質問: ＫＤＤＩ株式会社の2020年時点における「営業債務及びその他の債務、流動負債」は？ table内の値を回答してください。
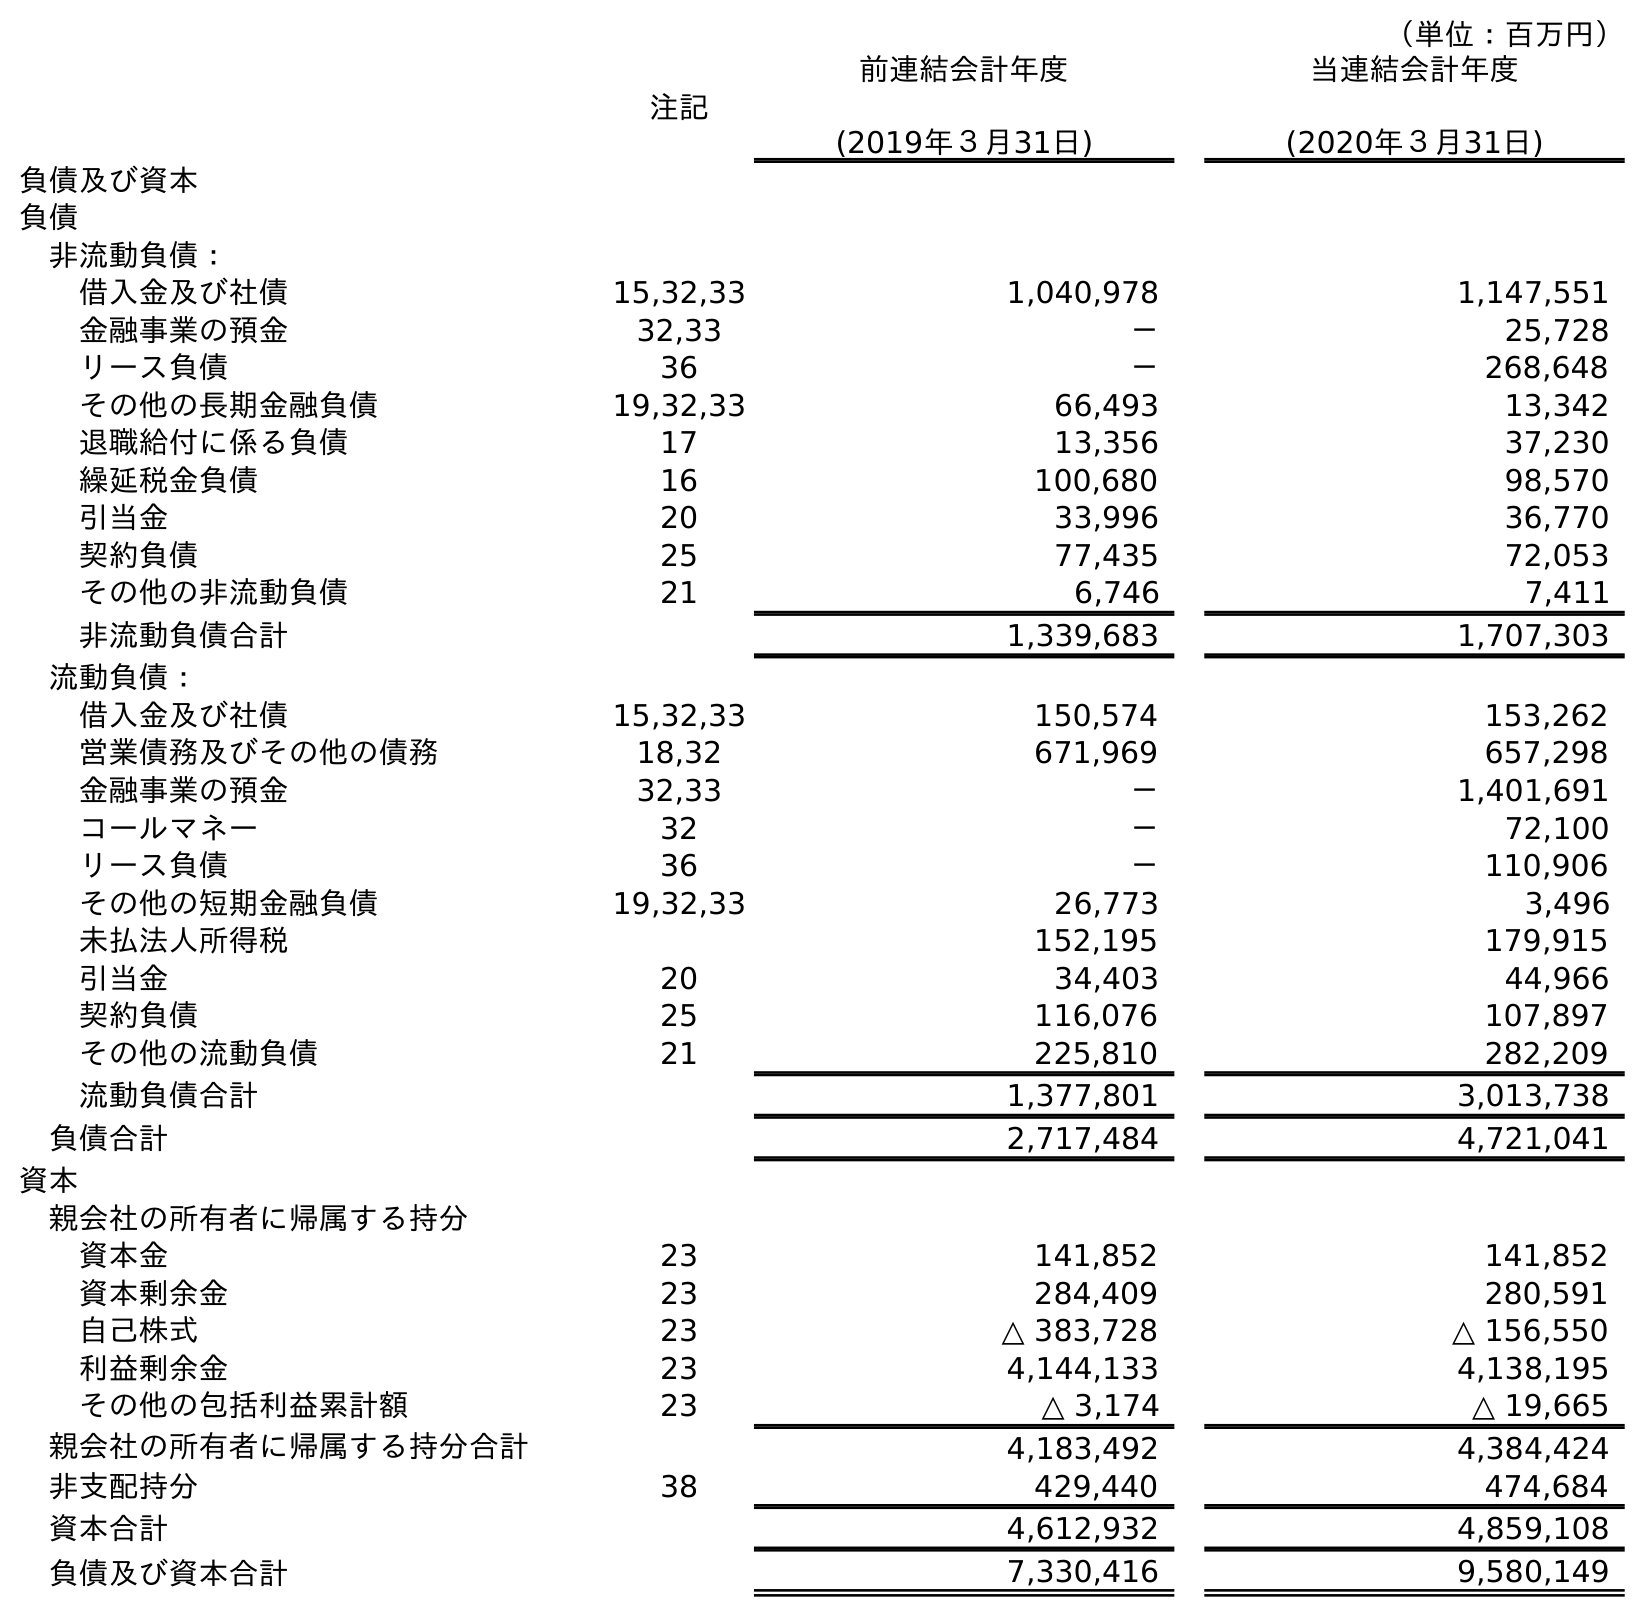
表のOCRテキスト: （単位：百万円） 注記 前連結会計年度 (2019年３月31日) 当連結会計年度 (2020年３月31日) 負債及び資本 負債 非流動負債： 借入金及び社債 15,32,33 1,040,978 1,147,551 金融事業の預金 32,33 － 25,728 リース負債 36 － 268,648 その他の長期金融負債 19,32,33 66,493 13,342 退職給付に係る負債 17 13,356 37,230 繰延税金負債 16 100,680 98,570 引当金 20 33,996 36,770 契約負債 25 77,435 72,053 その他の非流動負債 21 6,746 7,411 非流動負債合計 1,339,683 1,707,303 流動負債： 借入金及び社債 15,32,33 150,574 153,262 営業債務及びその他の債務 18,32 671,969 657,298 金融事業の預金 32,33 － 1,401,691 コールマネー 32 － 72,100 リース負債 36 － 110,906 その他の短期金融負債 19,32,33 26,773 3,496 未払法人所得税 152,195 179,915 引当金 20 34,403 44,966 契約負債 25 116,076 107,897 その他の流動負債 21 225,810 282,209 流動負債合計 1,377,801 3,013,738 負債合計 2,717,484 4,721,041 資本 親会社の所有者に帰属する持分 資本金 23 141,852 141,852 資本剰余金 23 284,409 280,591 自己株式 23 △ 383,728 △ 156,550 利益剰余金 23 4,144,133 4,138,195 その他の包括利益累計額 23 △ 3,174 △ 19,665 親会社の所有者に帰属する持分合計 4,183,492 4,384,424 非支配持分 38 429,440 474,684 資本合計 4,612,932 4,859,108 負債及び資本合計 7,330,416 9,580,149
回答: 657,298